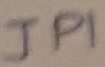
Text: JPI